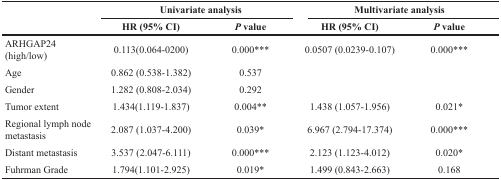
<table><thead><tr><td rowspan="2"></td><td colspan="2"><b>Univariate analysis</b></td><td colspan="2"><b>Multivariate analysis</b></td></tr><tr><td><b>HR (95% CI)</b></td><td><b><i>P</i> value</b></td><td><b>HR (95% CI)</b></td><td><b><i>P</i> value</b></td></tr></thead><tbody><tr><td>ARHGAP24 (high/low)</td><td>0.113(0.064-0200)</td><td>0.000***</td><td>0.0507 (0.0239-0.107)</td><td>0.000***</td></tr><tr><td>Age</td><td>0.862 (0.538-1.382)</td><td>0.537</td><td></td><td></td></tr><tr><td>Gender</td><td>1.282 (0.808-2.034)</td><td>0.292</td><td></td><td></td></tr><tr><td>Tumor extent</td><td>1.434(1.119-1.837)</td><td>0.004**</td><td>1.438 (1.057-1.956)</td><td>0.021*</td></tr><tr><td>Regional lymph node metastasis</td><td>2.087 (1.037-4.200)</td><td>0.039*</td><td>6.967 (2.794-17.374)</td><td>0.000***</td></tr><tr><td>Distant metastasis</td><td>3.537 (2.047-6.111)</td><td>0.000***</td><td>2.123 (1.123-4.012)</td><td>0.020*</td></tr><tr><td>Fuhrman Grade</td><td>1.794(1.101-2.925)</td><td>0.019*</td><td>1.499 (0.843-2.663)</td><td>0.168</td></tr></tbody></table>